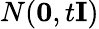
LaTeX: N(\textbf{0},t\textbf{I})